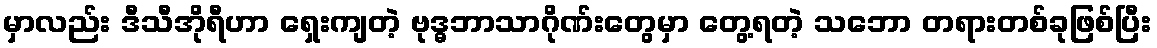
မှာလည်း ဒီသီအိုရီဟာ ရှေးကျတဲ့ ဗုဒ္ဓဘာသာဂိုဏ်းတွေမှာ တွေ့ရတဲ့ သဘော တရားတစ်ခုဖြစ်ပြီး